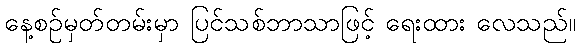
နေ့စဉ်မှတ်တမ်းမှာ ပြင်သစ်ဘာသာဖြင့် ရေးထား လေသည်။